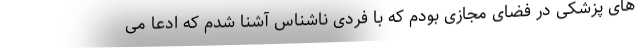
های پزشکی در فضای مجازی بودم که با فردی ناشناس آشنا شدم که ادعا می